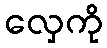
လှေကို